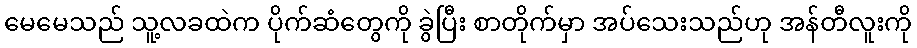
မေမေသည် သူ့လခထဲက ပိုက်ဆံတွေကို ခွဲပြီး စာတိုက်မှာ အပ်သေးသည်ဟု အန်တီလူးကို